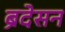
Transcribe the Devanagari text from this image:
ब्रेदेसन